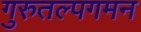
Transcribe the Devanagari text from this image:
गुरुतल्पगमन